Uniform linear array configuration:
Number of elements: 8
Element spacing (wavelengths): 0.75
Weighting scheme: kaiser
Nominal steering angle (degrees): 60
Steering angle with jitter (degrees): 60.021
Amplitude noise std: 0.05
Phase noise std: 0.05

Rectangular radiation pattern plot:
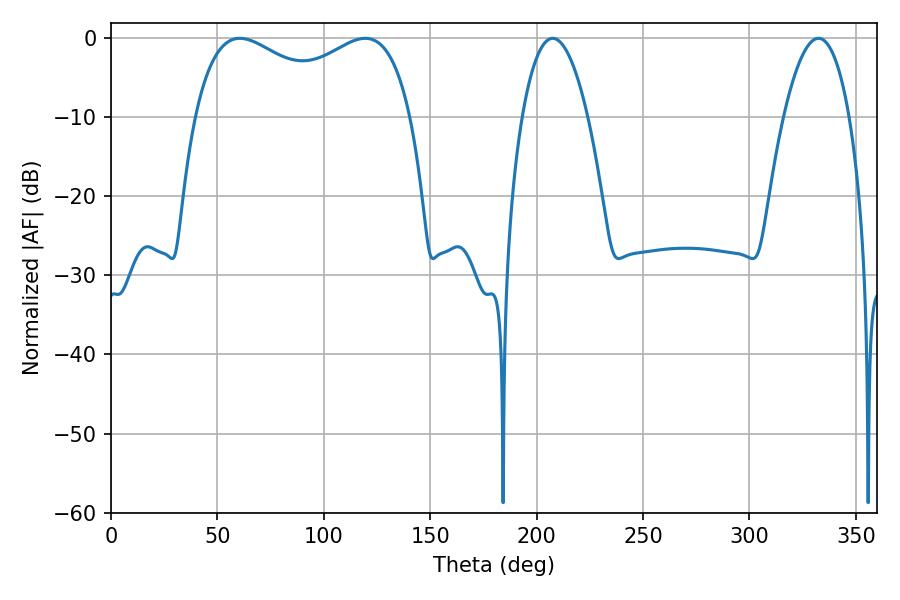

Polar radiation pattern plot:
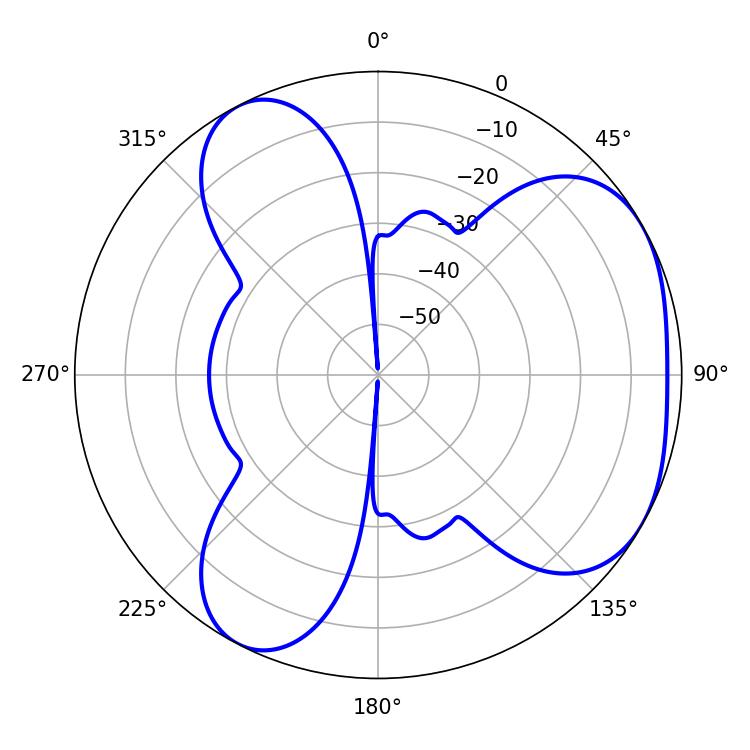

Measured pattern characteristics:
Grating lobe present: TRUE
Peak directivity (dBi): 4.133
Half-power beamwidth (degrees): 17.1
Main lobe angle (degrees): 207.54